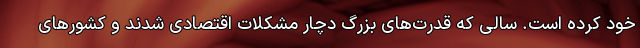
خود کرده است. سالی که قدرت‌های بزرگ دچار مشکلات اقتصادی شدند و کشورهای